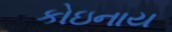
કોઇનાય